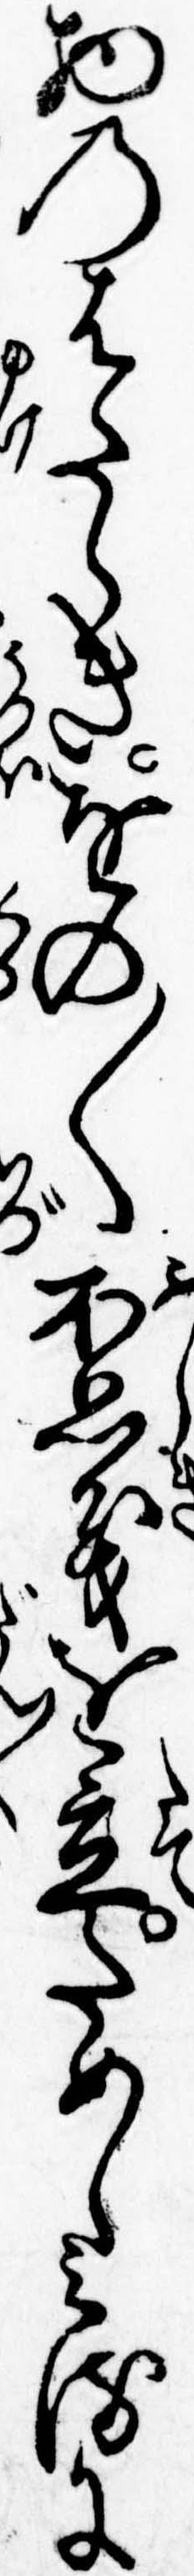
物のはたらきをの〱不思義を立ためしみるに